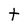
Character: t